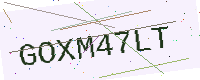
Text: GOXM47LT